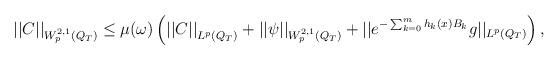
LaTeX: \begin{align*} {||C||}_{W^{2,1}_p(Q_T)}\le \mu(\omega)\left({||C ||}_{L^p(Q_T)}+{||\psi ||}_{W^{2,1}_p(Q_T)}+||e^{-\sum_{k=0}^mh_k(x)B_k}g ||_{L^p(Q_T)}\right),\end{align*}